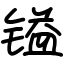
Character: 镒